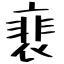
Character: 裵